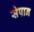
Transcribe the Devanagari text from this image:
सेपान